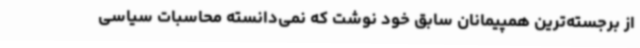
از برجسته‌ترین همپیمانان سابق خود نوشت که نمی‌دانسته محاسبات سیاسی